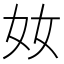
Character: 奻